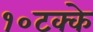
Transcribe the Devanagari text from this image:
१०टक्के